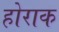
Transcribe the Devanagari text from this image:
होराक